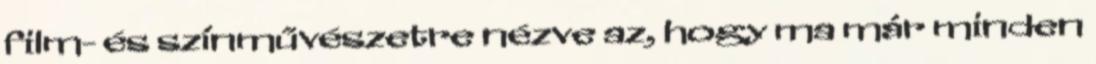
film- és színművészetre nézve az, hogy ma már minden